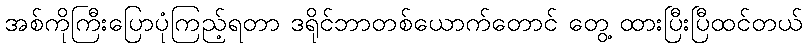
အစ်ကိုကြီးပြောပုံကြည့်ရတာ ဒရိုင်ဘာတစ်ယောက်တောင် တွေ့ ထားပြီးပြီထင်တယ်